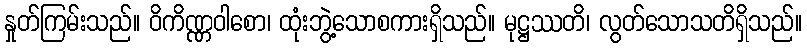
နှုတ်ကြမ်းသည်။ ဝိကိဏ္ဏဝါစော၊ ထုံးဘွဲ့သောစကားရှိသည်။ မုဋ္ဌဿတိ၊ လွတ်သောသတိရှိသည်။